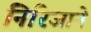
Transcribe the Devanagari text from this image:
निरिजाने